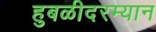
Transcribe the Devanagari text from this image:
हुबळीदरम्यान